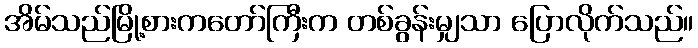
အိမ်သည်မြို့စားကတော်ကြီးက တစ်ခွန်းမျှသာ ပြောလိုက်သည်။